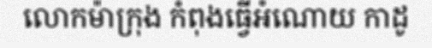
លោកម៉ាក្រុង កំពុងធ្វើអំណោយ កាដូ